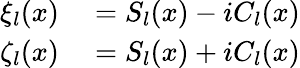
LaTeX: \begin{array}{rl}{\xi_{l}(x)}&{{}=S_{l}(x)-iC_{l}(x)}\\ {\zeta_{l}(x)}&{{}=S_{l}(x)+iC_{l}(x)}\end{array}